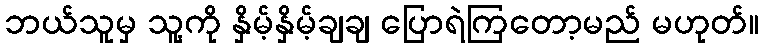
ဘယ်သူမှ သူ့ကို နှိမ့်နှိမ့်ချချ ပြောရဲကြတော့မည် မဟုတ်။